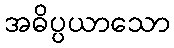
အဓိပ္ပယာသော